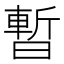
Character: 暫